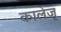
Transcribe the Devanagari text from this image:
कालेजृ